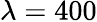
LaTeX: \lambda=400